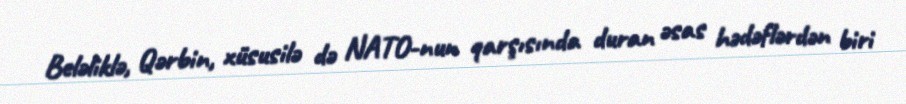
Beləliklə, Qərbin, xüsusilə də NATO-nun qarşısında duran əsas hədəflərdən biri